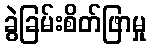
ခွဲခြမ်းစိတ်ဖြာမှု